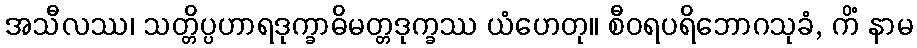
အသီလဿ၊ သတ္တိပ္ပဟာရဒုက္ခာဓိမတ္တဒုက္ခဿ ယံဟေတု။ စီဝရပရိဘောဂသုခံ, ကိံ နာမ